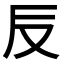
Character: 𠬡